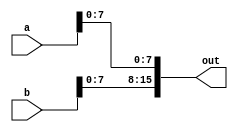
module Lhb(a, b, out);

    input [15:0] a;
    input [15:0] b;
    output [15:0] out;
    
    assign out = {b[7:0], a[7:0]};

endmodule